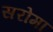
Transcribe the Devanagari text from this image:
सरोमा